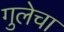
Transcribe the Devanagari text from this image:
गुलेचा